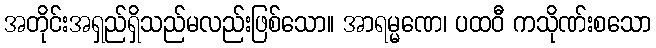
အတိုင်းအရှည်ရှိသည်မလည်းဖြစ်သော။ အာရမ္မဏေ၊ ပထဝီ ကသိုဏ်းစသော